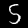
Label: 5